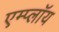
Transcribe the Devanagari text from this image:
एम्प्लॉय